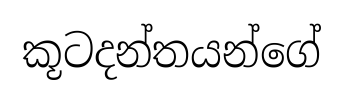
කූටදන්තයන්ගේ